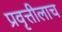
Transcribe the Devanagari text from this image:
प्रवृत्तीलाच